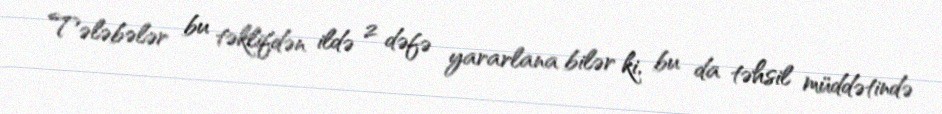
Tələbələr bu təklifdən ildə 2 dəfə yararlana bilər ki, bu da təhsil müddətində